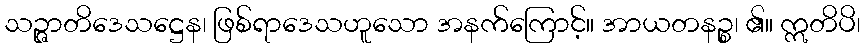
သဉ္ဇာတိဒေသဋ္ဌေန၊ ဖြစ်ရာဒေသဟူသော အနက်ကြောင့်။ အာယတနဉ္စ၊ ၏။ ဣတိပိ၊